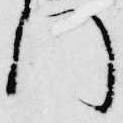
門